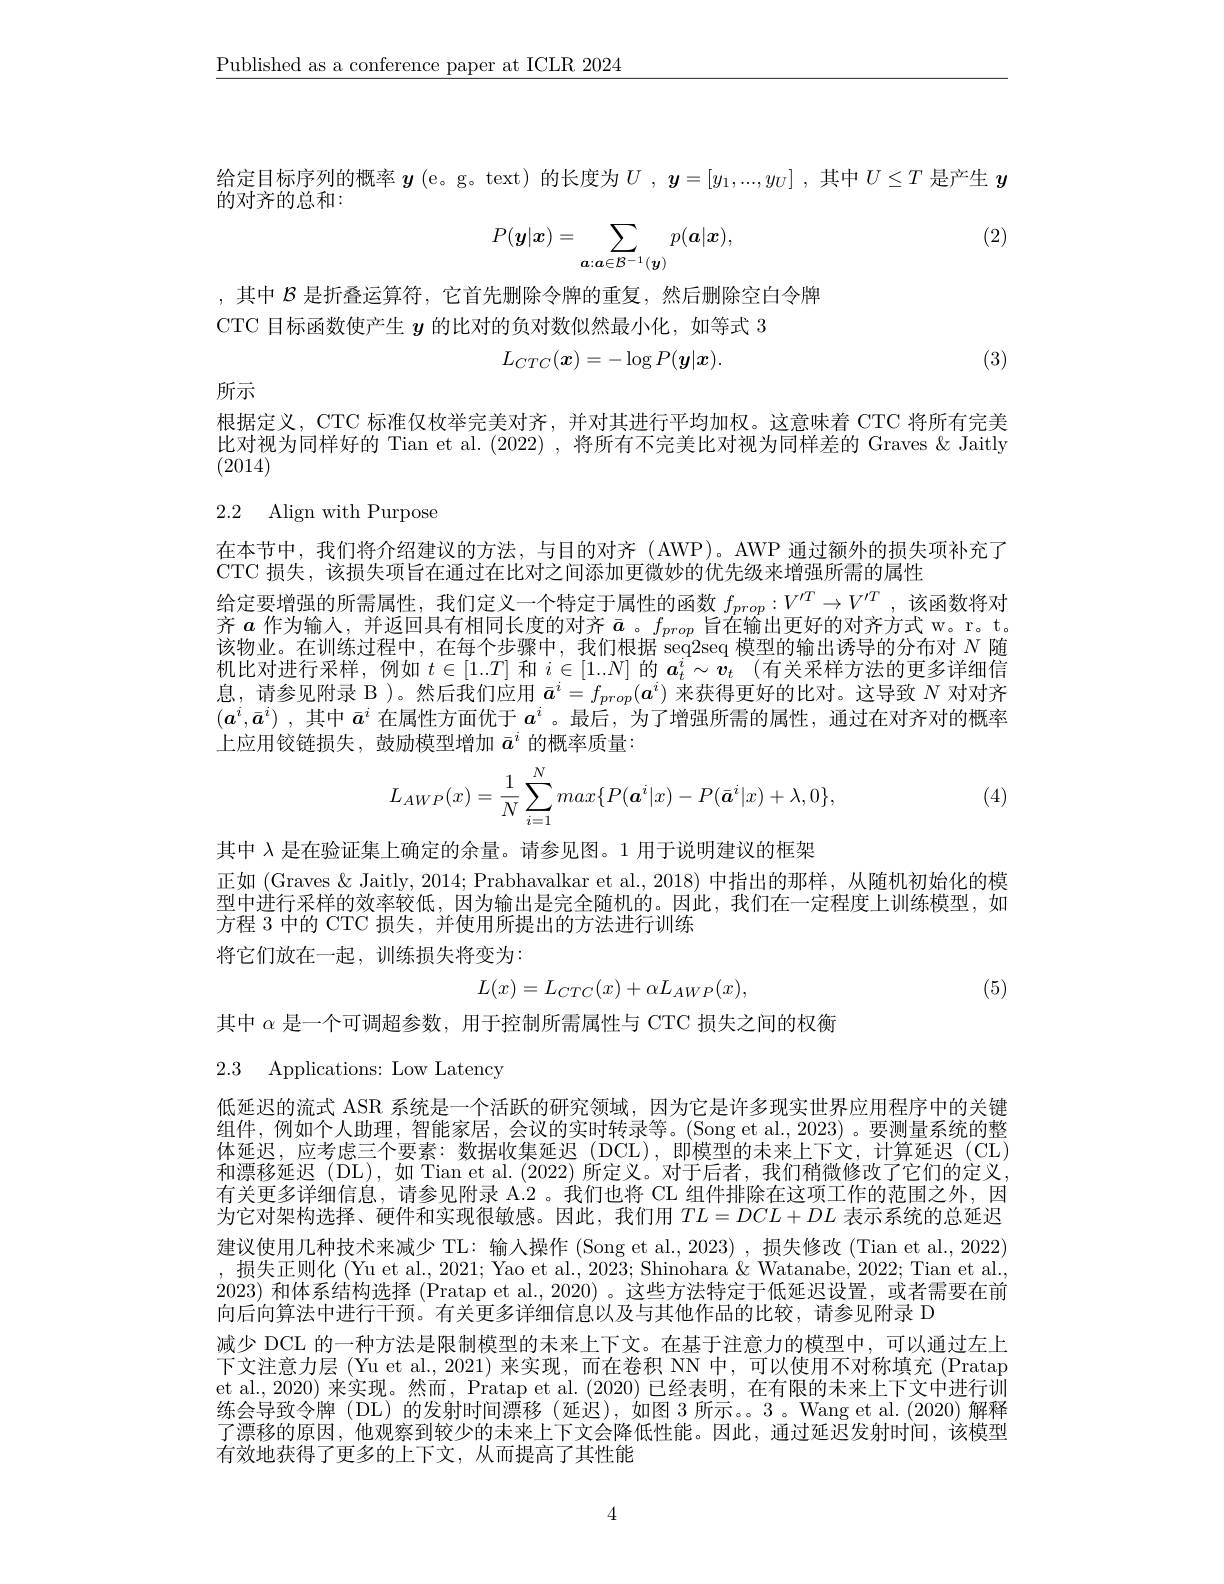
$\underline{\text{Published as a conference paper at ICLR 2024}}$

给定目标序列的概率$\boldsymbol{y}$ (e。g。text) 的长度为$U,\boldsymbol{y}=[y_1,...,y_U]$ ,其中$U\leq T$是产生$y$
的对齐的总和：
$$P(\boldsymbol{y}|\boldsymbol{x})=\sum_{\boldsymbol{a}:\boldsymbol{a}\in\mathcal{B}^{-1}(\boldsymbol{y})}p(\boldsymbol{a}|\boldsymbol{x}),$$
(2)

,其中$\mathcal{B}$是折叠运算符，它首先删除令牌的重复，然后删除空白令牌
CTC 目标函数使产生$y$的比对的负对数似然最小化，如等式 3
$$L_{CTC}(\boldsymbol x)=-\log P(\boldsymbol y|\boldsymbol x).$$
(3)

所示

根据定义，CTC 标准仅枚举完美对齐，并对其进行平均加权。这意味着 CTC 将所有完美比对视为同样好的 Tian et al. (2022) ,将所有不完美比对视为同样差的 Graves &Jaitly (2014)

# 2.2 Align with Purpose

在本节中，我们将介绍建议的方法，与目的对齐(AWP)。AWP 通过额外的损失项补充了
CTC 损失，该损失项旨在通过在比对之间添加更微妙的优先级来增强所需的属性
给定要增强的所需属性，我们定义一个特定于属性的函数$f_{prop}:V^T\to V^{\prime T}$ ,该函数将对齐$a$作为输入，并返回具有相同长度的对齐$\bar{a}$ 。$f_prop$旨在输出更好的对齐方式 w。r。t. 该物业。在训练过程中，在每个步骤中，我们根据 seq2seq 模型的输出诱导的分布对$N$随机比对进行采样，例如$t\in[1..T]$和$i\in[1..N]$的$\boldsymbol{a}_t^i\sim \boldsymbol{v}_t$ (有关采样方法的更多详细信息，请参见附录 B )。然后我们应用$\bar{a}^i=f_{prop}(a^i)$来获得更好的比对。这导致$N$对对齐$(a^i,\bar{a}^i)$ ,其中$\bar{a}^i$在属性方面优于$a^i$ 。最后，为了增强所需的属性，通过在对齐对的概率上应用铰链损失，鼓励模型增加$\bar{a}^i$的概率质量：
$$L_{AWP}(x)=\dfrac{1}{N}\sum_{i=1}^{N}max\{P(\boldsymbol{a}^{i}|x)-P(\bar{\boldsymbol{a}}^{i}|x)+\lambda,0\},$$
(4)

其中 λ 是在验证集上确定的余量。请参见图。1 用于说明建议的框架
正如 (Graves & Jaitly, 2014; Prabhavalkar et al., 2018) 中指出的那样，从随机初始化的模型中进行采样的效率较低，因为输出是完全随机的。因此，我们在一定程度上训练模型，如方程 3 中的 CTC 损失，并使用所提出的方法进行训练
将它们放在一起，训练损失将变为：
$$L(x)=L_{CD}(x)+\alpha L_{AWP}(x),$$
(5)

其中$\alpha$是一个可调超参数，用于控制所需属性与 CTC 损失之间的权衡

2.3 Applications: Low Latency

低延迟的流式 ASR 系统是一个活跃的研究领域，因为它是许多现实世界应用程序中的关键组件，例如个人助理，智能家居，会议的实时转录等。(Song et al., 2023) 。要测量系统的整体延迟，应考虑三个要素：数据收集延迟(DCL),即模型的未来上下文，计算延迟(CL) 和漂移延迟(DL),如 Tian et al.(2022)所定义。对于后者，我们稍微修改了它们的定义， 有关更多详细信息，请参见附录 A.2 。我们也将 CL 组件排除在这项工作的范围之外，因为它对架构选择、硬件和实现很敏感。因此，我们用$TL=DCL+DL$表示系统的总延迟建议使用几种技术来减少 TL: 输入操作 (Song et al., 2023) , 损失修改 (Tian et al., 2022) ,损失正则化 (Yu et al., 2021; Yao et al., 2023; Shinohara & Watanabe, 2022; Tian et al. 2023) 和体系结构选择 (Pratap et al., 2020) 。这些方法特定于低延迟设置，或者需要在前向后向算法中进行干预。有关更多详细信息以及与其他作品的比较，请参见附录 D
减少 DCL 的一种方法是限制模型的未来上下文。在基于注意力的模型中，可以通过左上下文注意力层 (Yu et al., 2021) 来实现，而在卷积 NN 中，可以使用不对称填充 (Pratap et al., 2020) 来实现。然而，Pratap et al. (2020) 已经表明，在有限的未来上下文中进行训练会导致令牌(DL)的发射时间漂移(延迟),如图 3 所示。。Wang et al.(2020) 解释了漂移的原因，他观察到较少的未来上下文会降低性能。因此，通过延迟发射时间，该模型有效地获得了更多的上下文，从而提高了其性能

4